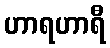
ဟာရဟာရီ